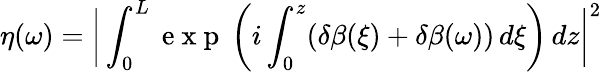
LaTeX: \eta(\omega)=\bigg\vert\int_{0}^{L}\mathrm{~e~x~p~}\left(i\int_{0}^{z}(\delta\beta(\xi)+\delta\beta(\omega))\, d\xi\right)\, dz\bigg\vert^{2}